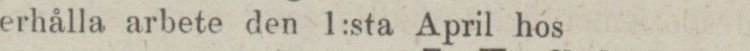
erhålla arbete den 1:sta April hos